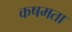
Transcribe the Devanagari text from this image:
कषमता